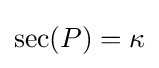
\operatorname {sec} (P)=\kappa